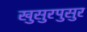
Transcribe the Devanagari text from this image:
खुसुरपुसुर